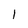
Character: 1